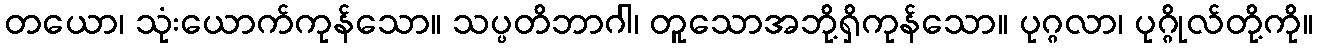
တယော၊ သုံးယောက်ကုန်သော။ သပ္ပတိဘာဂါ၊ တူသောအဘို့ရှိကုန်သော။ ပုဂ္ဂလာ၊ ပုဂ္ဂိုလ်တို့ကို။